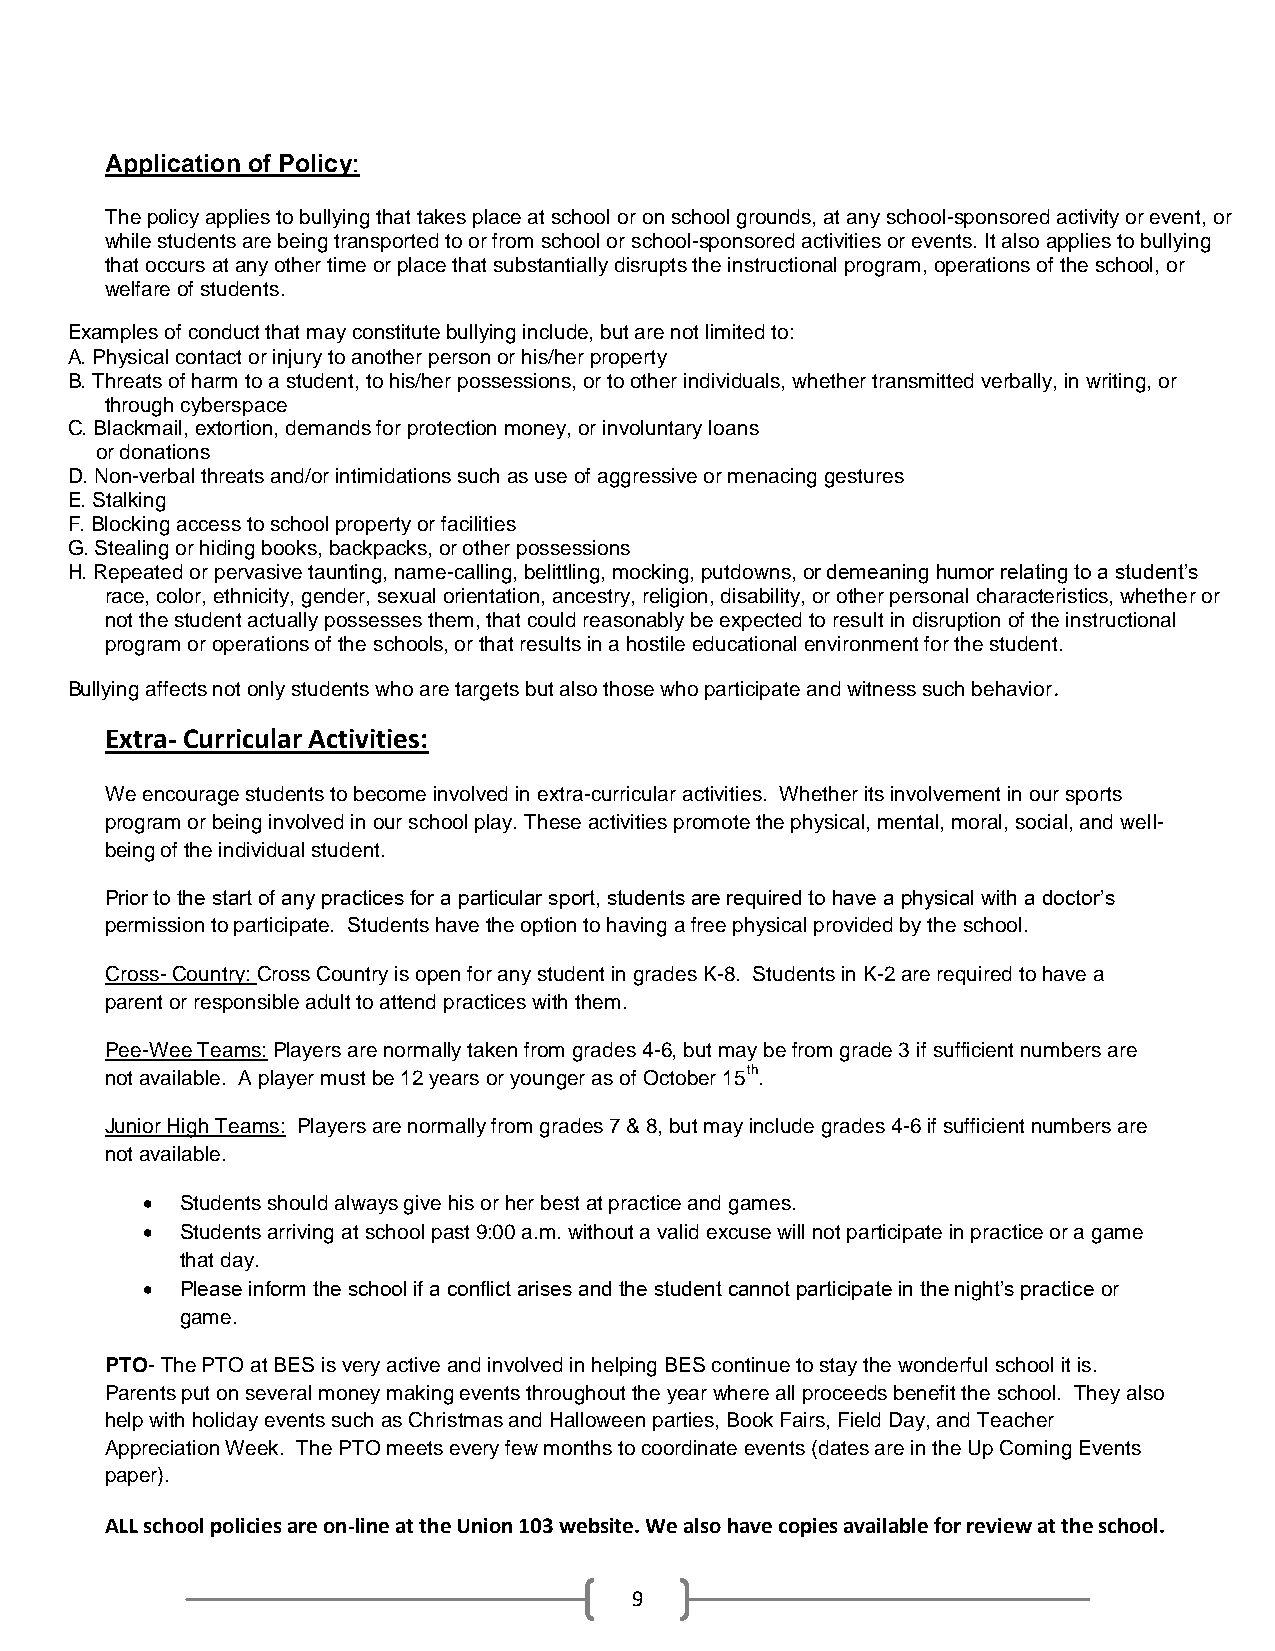
Application of Policy:
 The policy applies to bullying that takes place at school or on school grounds, at any school-sponsored activity or event, or
 while students are being transported to or from school or school-sponsored activities or events. It also applies to bullying
 that occurs at any other time or place that substantially disrupts the instructional program, operations of the school, or
 welfare of students.
 Examples of conduct that may constitute bullying include, but are not limited to:
 A. Physical contact or injury to another person or his/her property
 B. Threats of harm to a student, to his/her possessions, or to other individuals, whether transmitted verbally, in writing, or
 through cyberspace
 C. Blackmail, extortion, demands for protection money, or involuntary loans
 or donations
 D. Non-verbal threats and/or intimidations such as use of aggressive or menacing gestures
 E. Stalking
 F. Blocking access to school property or facilities
 G. Stealing or hiding books, backpacks, or other possessions
 H. Repeated or pervasive taunting, name-calling, belittling, mocking, putdowns, or demeaning humor relating to a student’s
 race, color, ethnicity, gender, sexual orientation, ancestry, religion, disability, or other personal characteristics, whether or
 not the student actually possesses them, that could reasonably be expected to result in disruption of the instructional
 program or operations of the schools, or that results in a hostile educational environment for the student.
 Bullying affects not only students who are targets but also those who participate and witness such behavior.
 Extra- Curricular Activities:
 We encourage students to become involved in extra-curricular activities. Whether its involvement in our sports
 program or being involved in our school play. These activities promote the physical, mental, moral, social, and well-
 being of the individual student.
 Prior to the start of any practices for a particular sport, students are required to have a physical with a doctor’s
 permission to participate. Students have the option to having a free physical provided by the school.
 Cross- Country: Cross Country is open for any student in grades K-8. Students in K-2 are required to have a
 parent or responsible adult to attend practices with them.
 Pee-Wee Teams: Players are normally taken from grades 4-6, but may be from grade 3 if sufficient numbers are
 not available. A player must be 12 years or younger as of October 15th.
 Junior High Teams: Players are normally from grades 7 & 8, but may include grades 4-6 if sufficient numbers are
 not available.
   Students should always give his or her best at practice and games.
   Students arriving at school past 9:00 a.m. without a valid excuse will not participate in practice or a game
 that day.
   Please inform the school if a conflict arises and the student cannot participate in the night’s practice or
 game.
 PTO- The PTO at BES is very active and involved in helping BES continue to stay the wonderful school it is.
 Parents put on several money making events throughout the year where all proceeds benefit the school. They also
 help with holiday events such as Christmas and Halloween parties, Book Fairs, Field Day, and Teacher
 Appreciation Week. The PTO meets every few months to coordinate events (dates are in the Up Coming Events
 paper).
 ALL school policies are on-line at the Union 103 website. We also have copies available for review at the school.
 9